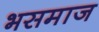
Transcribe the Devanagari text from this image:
भसमाज